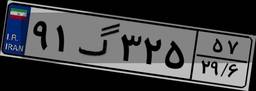
۶۹گ۱۰۶۹۱